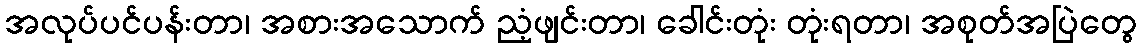
အလုပ်ပင်ပန်းတာ၊ အစားအသောက် ညံ့ဖျင်းတာ၊ ခေါင်းတုံး တုံးရတာ၊ အစုတ်အပြဲတွေ